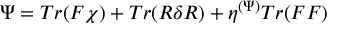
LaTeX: \Psi = T r ( F \chi ) + T r ( R \delta R ) + \eta ^ { ( \Psi ) } T r ( F F )